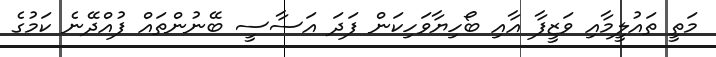
މަތީ ތައުލީމާއި ވަޒީފާ އާއި ބޯހިޔާވަހިކަން ފަދަ އަސާސީ ބޭނުންތައް ފުއްދޭނެ ކަމުގެ